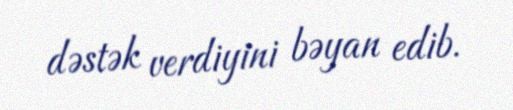
dəstək verdiyini bəyan edib.